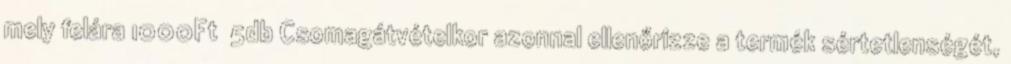
mely felára 1000Ft 5db Csomagátvételkor azonnal ellenőrizze a termék sértetlenségét,